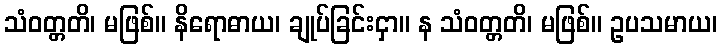
သံဝတ္တတိ၊ မဖြစ်။ နိရောဓာယ၊ ချုပ်ခြင်းငှာ။ န သံဝတ္တတိ၊ မဖြစ်။ ဥပသမာယ၊